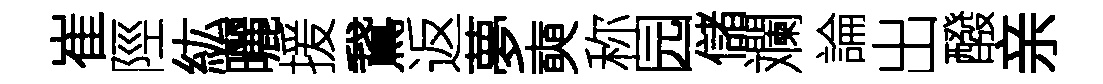
崔陘紘曬援鵞返夢奭称园儲斕論出醱亲